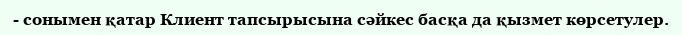
- сонымен қатар Клиент тапсырысына сәйкес басқа да қызмет көрсетулер.